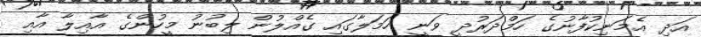
އަދި އެމަނިކުފާނުގެ ހަމްދަރުދީ ވަނީ ހަމަލާގައި ގެއްލުން ލިބުނު މީހުންގެ އާއިލާ އާއި